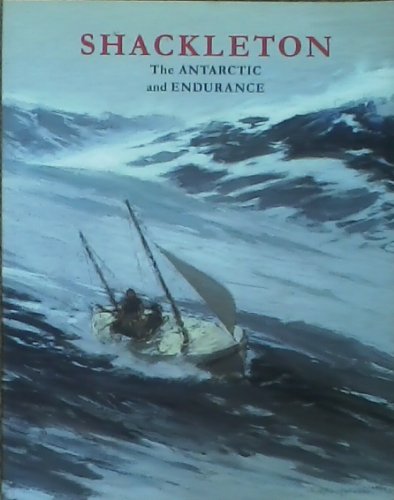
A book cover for Shackleton: The Antarctic and "Endurance"; Travel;